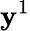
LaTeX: \mathbf{y}^{1}